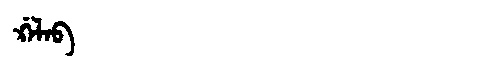
Manchu: ᡤ᠋ᠠᠯᠠᠪ
Romanization: G'ALAB